Civil Veterinary Department Bengal reports 1923-33 - 1923-1933
Year: 1923
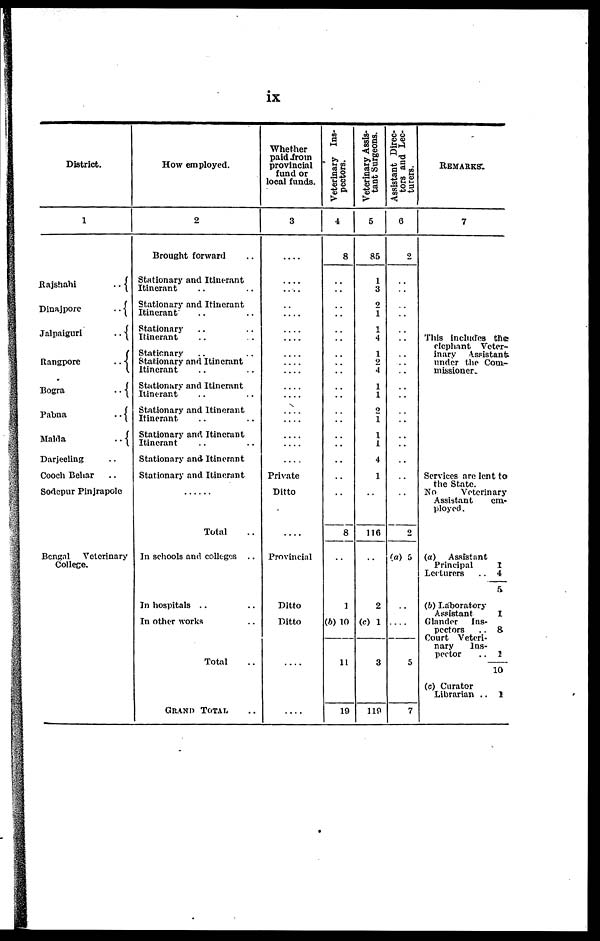
ix
District.
1
Rajshahi ..
Dinajpore ..
Jalpalguri ..
Rangpore ..
Bogra ..
Pabna ..
Malda ..
Darjeeling ..
Cooch Behar ..
Sodcpur Pinjrapole
Bengal
Veterinary
College.
How employed.
2
Brought forward
Stationary and Itinerant
Itinerant
Stationary and Itinerant
Itinerant .. ..
Stationary .. ..
Itinerant .. ..
Stationary .. ..
Stationary and Itinerant
Itinerant .. ..
Stationary and Itinerant
Itinerant .. ..
Stationary and Itinerant
Itinerant .. ..
Stationary and Itinerant
Itinerant
Stationary and Itinerant
Stationary and Itinerant
.....
Total ..
In schools and colleges ..
In hospitals .. ..
In other works ..
Total ..
GRAND TOTAL ..
Whether
paid from
provincial
fund or
local funds.
3
....
....
....
....
....
....
....
....
....
....
....
....
....
....
....
....
....
Private
Ditto
....
Provincial
Ditto
Ditto
....
....
Veterinary Ins-
pectors.
4
8
..
..
..
..
..
..
..
..
..
..
..
..
..
..
..
..
..
..
8
1
(b) 10
11
19
Veterinary Assis-
tant Surgeons.
5
85
1
3
2
1
1
4
1
2
4
1
1
2
1
1
1
4
1
..
116
2
(c) 1
3
119
Assistant Direc-
tors and Lec-
turers.
6
2
..
..
..
..
..
..
..
..
..
..
..
..
..
..
..
..
..
..
2
(a) 5
..
....
5
7
REMARKS.
7
This includes the
elephant Veter-
inary
Assistant
under the Com-
missioner.
Services are lent to
the State.
No
Veterinary
Assistant
cm-
ployed.
(a) Assistant
Principal
1
Lecturers
.. 4
5
(b) Laboratory
Assistant
1
Glander
Ins-
pectors
.. 8
Court Veteri-
nary
Ins-
pector
.. 1
10
(c) Curator
Librarian .. 1